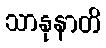
သာနုနာတိ